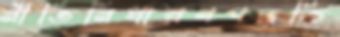
নীতিনির্ধারণপদ্ধতি